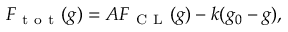
F _ { \mathrm { ~ t ~ o ~ t ~ } } ( g ) = A F _ { \mathrm { ~ C ~ L ~ } } ( g ) - k ( g _ { 0 } - g ) ,